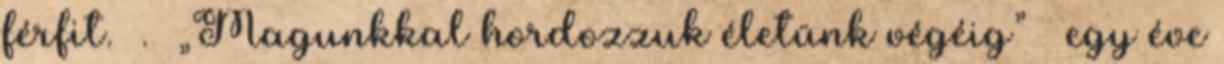
férfit. . „Magunkkal hordozzuk életünk végéig” – egy éve